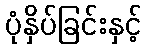
ပုံနှိပ်ခြင်းနှင့်